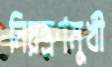
নিয়ন্ত্রণমুখী